Report on lock hospitals in British Burma
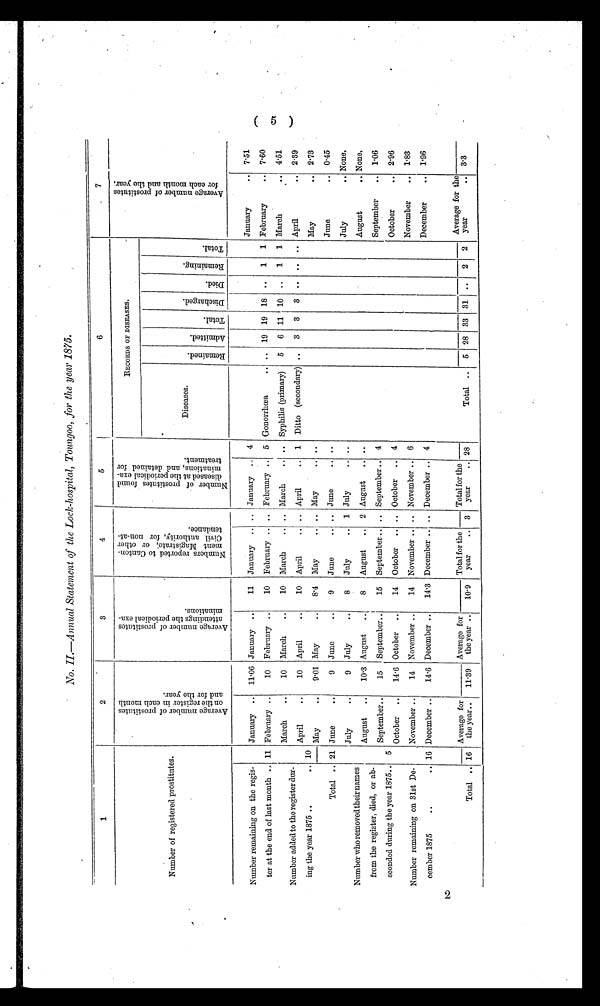
No. II.—Annual Statement of the Lock-hospital, Toungoo, for the year 1875.
1
2
3
4
5
6
7
Number of registered prostitutes.
A v e r a g e n u m b e r o f p r o s t i t u t e s o n t h e r e g i s t e r i n e a c h m o n t h a n d f o r y e a r .
A v e r a g e n u m b e r o f p r o s t i t u t e s a t t e n d i n g s t h e p e r i o d i c a l e x a - m i n a t i o n s .
N u m b e r r e p o r t e d t o C a n t o n - m e n t M a g i s t r a t e ; o r o t h e r C i v i l a u t h o r i t y , f o r n o n - a t - t e n d a n c e .
N u m b e r o f p r o s t i t u t e s f o u n d d i s e a s e d a t t h e p e r i o d i c a l e x a - m i n a t i o n s , a n d d e t a i n e d f o r t r e a t m e n t .
RECORDS OF DISEASES.
A v e r a g e n u m b e r o f p r o s t i t u t e s f o r e a c h m o n t h a n d t h e y e a r ,
Diseases.
R e ma i n e d . Admi t t ed. Total. Di schar ged. Died. Remai ni ng. Total.
Number remaining on the regis-
ter at the end of last month .. 11
January ..
11.06 January ..
11
January
..
..
January .. 4
Gonorrhœa
.. .. 19 19 18 ..
1
1
January
.. 7.51
February
.. 7.60
February ..
10
February ..
10
February .. .. February .. 5
Number added to the register Om-
ing the year 1875 ..
.. 10
March
..
10
March
..
10
March
.. .. March
.. .. Syphilis (primary)
5
6 11
10
..
1
1 March
.. 4.51
April
..
10
April
..
10
April
.. .. April
.. 1 Ditto (secondary) ..
3
3
3
..
..
.. April
.. 2.39
May
..
9.01 May
..
8.4 May
.. .. May
.. ..
May
.. 2.73
Total .. 21
June
.. 0.45
June
..
9
June
..
9
June
.. .. June
.. ..
July
.. None,
Number who removed their names
from the register, died, or ad-
scolded during the year 1875.. 5
July
..
9 July
..
8
July
..
1 July
.. ..
August
.. None,
August
..
10.3 August
..
8
August
.. 2 August
September
.. 1.06
September ..
15
September..
15
September .. .. September .. 4
October
.. 2.96
October
..
14.6 October
..
14 October .. .. October
.. 4
November
..
1 . 8 3
Number remaining on 31st Deb-
cember 1875
..
.. 16
November ..
14
November ..
14 November .. .. November .. 6
December ..
14.3 December .. .. December .. 4
December
.. 196
December ..
14.6
Total for the
year
..
Total for the
year
..
Total ..
Average for
the year..
11 . 39
Average for
the year ..
Average for the
year
..
28
Total ..
5
—
28
--
33 31 ..
2
2
3.3
16
10.9
3